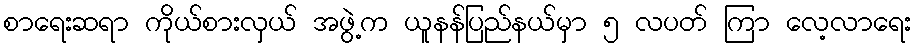
စာရေးဆရာ ကိုယ်စားလှယ် အဖွဲ့က ယူနန်ပြည်နယ်မှာ ၅ လပတ် ကြာ လေ့လာရေး